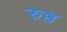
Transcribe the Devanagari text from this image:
रुष्ठ